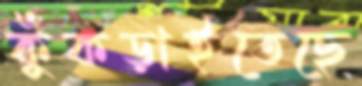
কুঁকড়াইতেছে